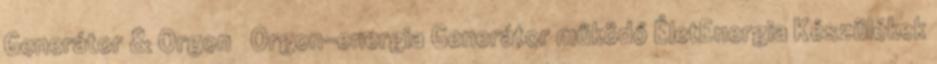
Generátor & Orgon Orgon-energia Generátor működő ÉletEnergia Készülékek